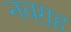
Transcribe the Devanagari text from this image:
नवॻह